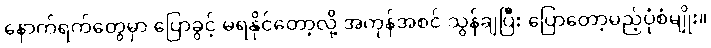
နောက်ရက်တွေမှာ ပြောခွင့် မရနိုင်တော့လို့ အကုန်အစင် သွန်ချပြီး ပြောတော့မည့်ပုံစံမျိုး။